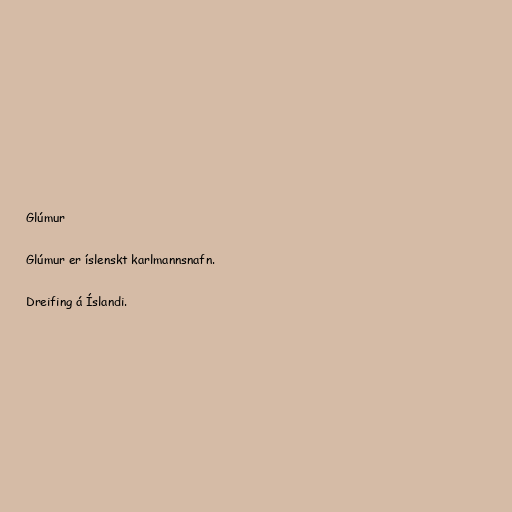
Glúmur

Glúmur er íslenskt karlmannsnafn.

Dreifing á Íslandi.